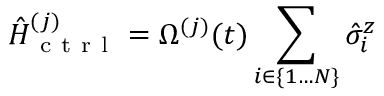
\hat { H } _ { \mathrm { ~ c ~ t ~ r ~ l ~ } } ^ { ( j ) } = \Omega ^ { ( j ) } ( t ) \sum _ { i \in \{ 1 \ldots N \} } \hat { \sigma } _ { i } ^ { z }